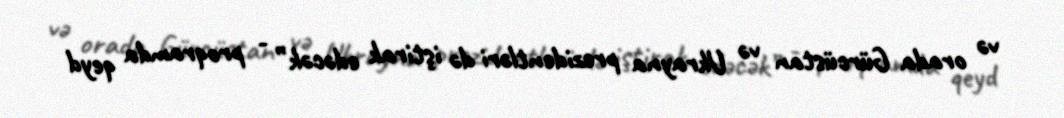
və orada Gürcüstan və Ukrayna prezidentləri də iştirak edəcək” - proqramda qeyd